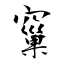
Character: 窼